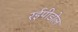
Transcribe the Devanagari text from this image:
रईपीडोल